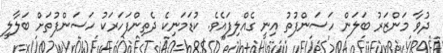
ދުވާ މަންޒަރު ބަލަން ހަސަންފުތު އިނީ ގެއްލިފައެވެ. ކުޑަމަނިކެ ދެތިންފަހަރަކު ހަސަންފުތަށް ބަލާލީ